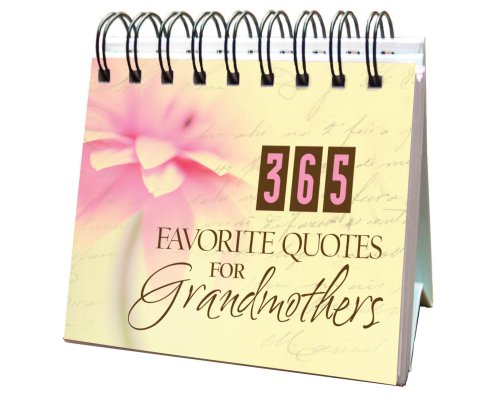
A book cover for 365 Favorite Quotes For Grandmothers (365 Perpetual Calendars); Barbour Publishing; Calendars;